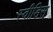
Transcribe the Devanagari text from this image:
स्वीडिस्